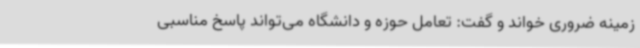
زمینه ضروری خواند و گفت: تعامل حوزه و دانشگاه می‌تواند پاسخ مناسبی